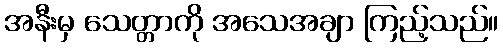
အနီးမှ သေတ္တာကို အသေအချာ ကြည့်သည်။